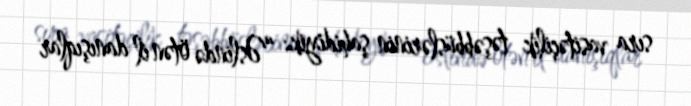
sıra vasitəçilik təşəbbüslərinin şahidiyik: “Əslində ötən il danışıqlar